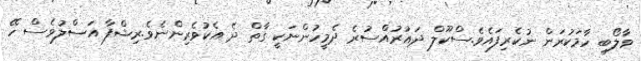
ވާލޯބި ހާމަކުރަން ނުކެރިފައެވެ.ސްކޫލް ދައުރުއްސުރެ ދެމީހުންނަކީ ގާތް ދެ އެކުވެރިންނެވެ.ރިޝްފާ އަސްލުވެސް ހޭ